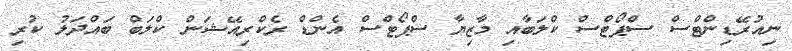
ނިއުރޭޑިންޓްސް ސްޕޯޓްސް ކްލަބާއި މާޒިޔާ ސްޕޯޓްސް އެންޑް ރެކްރިއޭޝަން ކްލަބް ބައްދަލު ކުރި